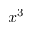
x ^ { 3 }